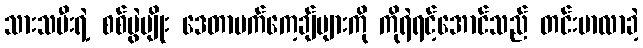
သားသမီးရဲ့ စစ်ပွဲမျိုး ဒေတာပက်ကေ့ချ်များကို ကိုရဲရင့်အောင်သည် တင်းမာလာခဲ့